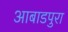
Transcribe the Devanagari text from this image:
आबाडपुरा